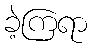
ခဲ့ကြရာ